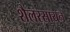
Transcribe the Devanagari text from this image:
शैलरसायन